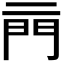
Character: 𨳏